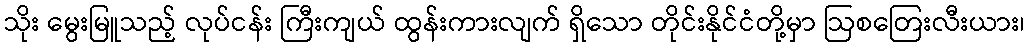
သိုး မွေးမြူသည့် လုပ်ငန်း ကြီးကျယ် ထွန်းကားလျက် ရှိသော တိုင်းနိုင်ငံတို့မှာ ဩစတြေးလီးယား၊